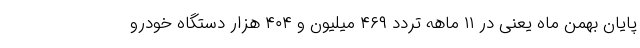
پایان بهمن ماه یعنی در ۱۱ ماهه تردد ۴۶۹ میلیون و ۴۰۴ هزار دستگاه خودرو